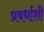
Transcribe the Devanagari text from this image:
प्रवर्धाशी